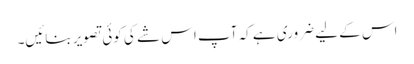
اس کے لیے ضروری ہے کہ آپ اس شے کی کوئی تصویر بنائیں۔